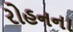
રોહનના